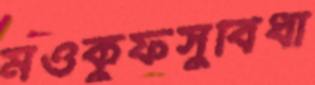
মওকুফসুবিধা